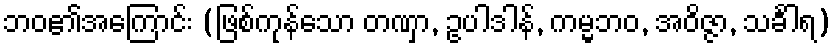
ဘဝ၏အကြောင်း (ဖြစ်ကုန်သော တဏှာ, ဥပါဒါန်, ကမ္မဘဝ, အဝိဇ္ဇာ, သင်္ခါရ)